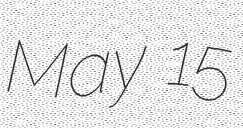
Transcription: May 15